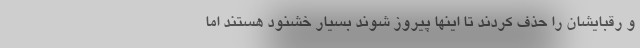
و رقبایشان را حذف کردند تا اینها پیروز شوند بسیار خشنود هستند اما